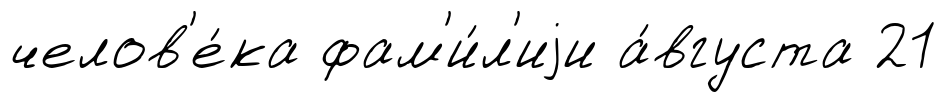
челов'е́ка фам'и́л'иjи а́вгуста 21